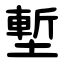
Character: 塹